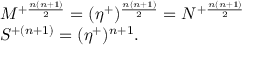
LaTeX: \begin{array} { l c r } { { M ^ { + { \frac { n ( n + 1 ) } { 2 } } } = ( \eta ^ { + } ) ^ { { \frac { n ( n + 1 ) } { 2 } } } = N ^ { + { \frac { n ( n + 1 ) } { 2 } } } } } \\ { { S ^ { + ( n + 1 ) } = ( \eta ^ { + } ) ^ { n + 1 } . } } \end{array}